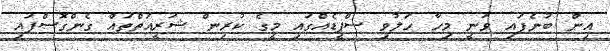
އިން ބުނެފައި ވަނީ މިހާ ހަލުވި ސްޕީޑެއްގައި މީގެ ކުރިން ޝަރީއަތްތައް ގެންގޮސްފައި